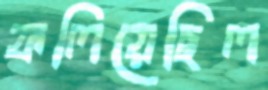
ফলিয়েছিল